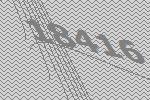
18416